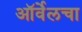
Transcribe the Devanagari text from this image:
ऑर्वेलचा